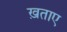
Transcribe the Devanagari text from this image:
ख़ताए